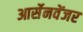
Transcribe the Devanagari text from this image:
आर्सेनवेंजर